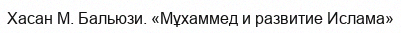
Хасан М. Бальюзи. «Мұхаммед и развитие Ислама»